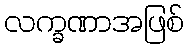
လက္ခဏာအဖြစ်